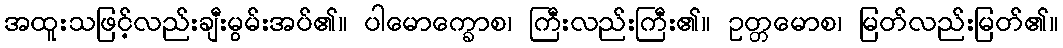
အထူးသဖြင့်လည်းချီးမွမ်းအပ်၏။ ပါမောက္ခောစ၊ ကြီးလည်းကြီး၏။ ဥတ္တမောစ၊ မြတ်လည်းမြတ်၏။